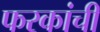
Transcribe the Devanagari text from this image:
फरकांची